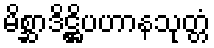
မိစ္ဆာဒိဋ္ဌိပဟာနသုတ္တံ